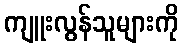
ကျူးလွန်သူများကို